Report of the Bombay Plague Committee
Disease focus: Plague
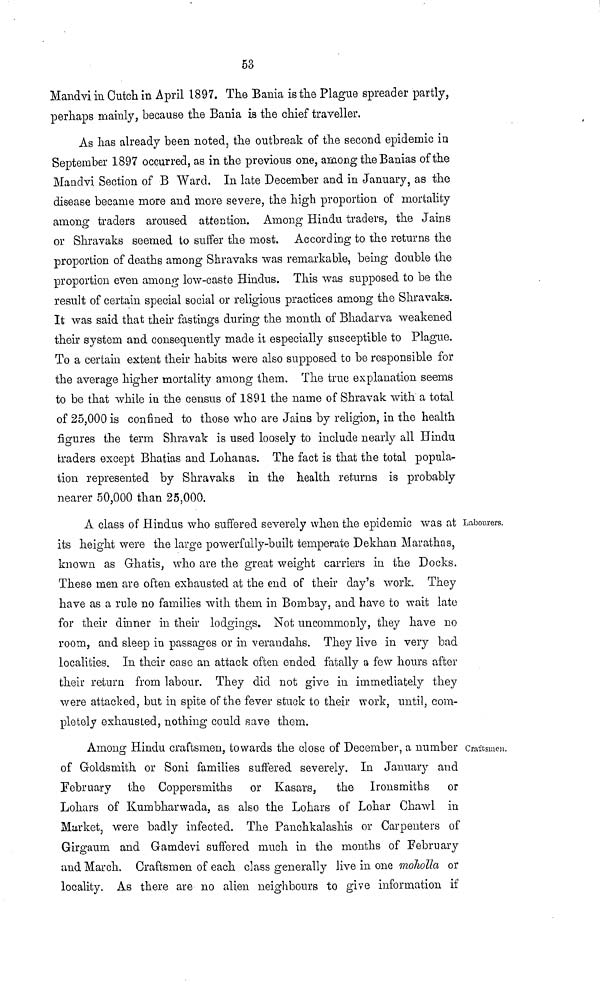
53
Mandvi in Cutch in April 1897. The Bania is the Plague spreader partly,
perhaps mainly, because the Bania is the chief traveller.
As has already been noted, the outbreak of the second epidemic in
September 1897 occurred, as in the previous one, among the Banias of the
Mandvi Section of B Ward. In late December and in January, as the
disease became more and more severe, the high proportion of mortality
among traders aroused attention. Among Hindu traders, the Jains
or Shravaks seemed to suffer the most. According to the returns the
proportion of deaths among Shravaks was remarkable, being double the
proportion even among low-caste Hindus. This was supposed to be the
result of certain special social or religious practices among the Shravaks.
It was said that their fastings during the month of Bhadarva weakened
their system and consequently made it especially susceptible to Plague.
To a certain extent their habits were also supposed to be responsible for
the average higher mortality among them. The true explanation seems
to be that while in the census of 1891 the name of Shravak with a total
of 25,000 is confined to those who are Jains by religion, in the health
figures the term Shravak is used loosely to include nearly all Hindu
traders except Bhatias and Lohanas. The fact is that the total popula-
tion represented by Shravaks in the health returns is probably
nearer 50,000 than 25,000.
Labourers.
A class of Hindus who suffered severely when the epidemic was at
its height were the large powerfully-built temperate Dekhan Marathas,
known as Ghatis, who are the great weight carriers in the Docks.
These men are often exhausted at the end of their day's work. They
have as a rule no families with them in Bombay, and have to wait late
for their dinner in their lodgings. Not uncommonly, they have no
room, and sleep in passages or in verandahs. They live in very bad
localities. In their case an attack often ended fatally a few hours after
their return from labour. They did not give in immediately they
were attacked, but in spite of the fever stuck to their work, until, com-
pletely exhausted, nothing could save them.
Ciaitsmen.
Among Hindu craftsmen, towards the close of December, a number
of Goldsmith or Soni families suffered severely. In January and
February the Coppersmiths or Kasars,
the Ironsmiths or
Lohars of Kumbharwada, as also the Lohars of Lohar Chawl in
Market, were badly infected. The Panchkalashis or Carpenters of
Girgaum and Gamdevi suffered much in the months of February
and March. Craftsmen of each class generally live in one maholla or
locality. As there are no alien neighbours to give information if